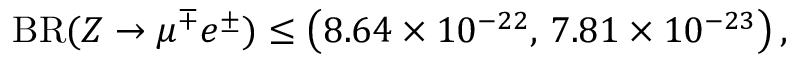
{ \mathrm { B R } } ( Z \to \mu ^ { \mp } e ^ { \pm } ) \le \left( 8 . 6 4 \times 1 0 ^ { - 2 2 } , \, 7 . 8 1 \times 1 0 ^ { - 2 3 } \right) ,